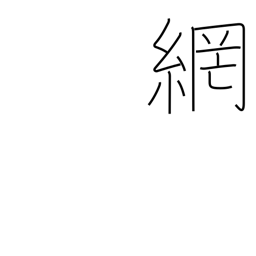
Meaning: network